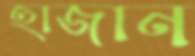
হাজান